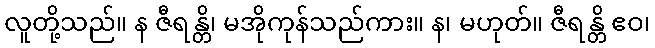
လူတို့သည်။ န ဇီရန္တိ၊ မအိုကုန်သည်ကား။ န၊ မဟုတ်။ ဇီရန္တိ ဧဝ၊